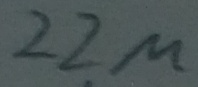
Text: 22µ